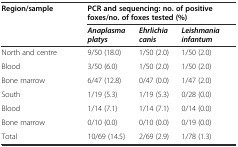
<table><thead><tr><td><b>Region/sample</b></td><td colspan="3"><b>PCR and sequencing: no. of positive foxes/no. of foxes tested (%)</b></td></tr><tr><td></td><td><b><i>Anaplasma platys</i></b></td><td><b><i>Ehrlichia canis</i></b></td><td><b><i>Leishmania infantum</i></b></td></tr></thead><tbody><tr><td>North and centre</td><td>9/50 (18.0)</td><td>1/50 (2.0)</td><td>1/50 (2.0)</td></tr><tr><td>Blood</td><td>3/50 (6.0)</td><td>1/50 (2.0)</td><td>1/50 (2.0)</td></tr><tr><td>Bone marrow</td><td>6/47 (12.8)</td><td>0/47 (0.0)</td><td>1/47 (2.0)</td></tr><tr><td>South</td><td>1/19 (5.3)</td><td>1/19 (5.3)</td><td>0/28 (0.0)</td></tr><tr><td>Blood</td><td>1/14 (7.1)</td><td>1/14 (7.1)</td><td>0/14 (0.0)</td></tr><tr><td>Bone marrow</td><td>0/10 (0.0)</td><td>0/10 (0.0)</td><td>0/19 (0.0)</td></tr><tr><td>Total</td><td>10/69 (14.5)</td><td>2/69 (2.9)</td><td>1/78 (1.3)</td></tr></tbody></table>